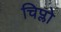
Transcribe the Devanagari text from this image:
चिप्लो